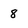
Character: 8